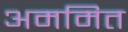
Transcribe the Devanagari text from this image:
अममित